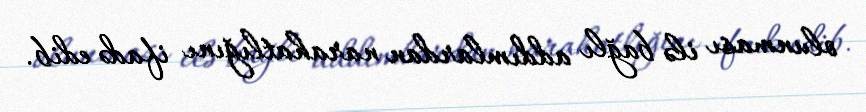
olunması ilə bağlı addımlardan narahatlığını ifadə edib.